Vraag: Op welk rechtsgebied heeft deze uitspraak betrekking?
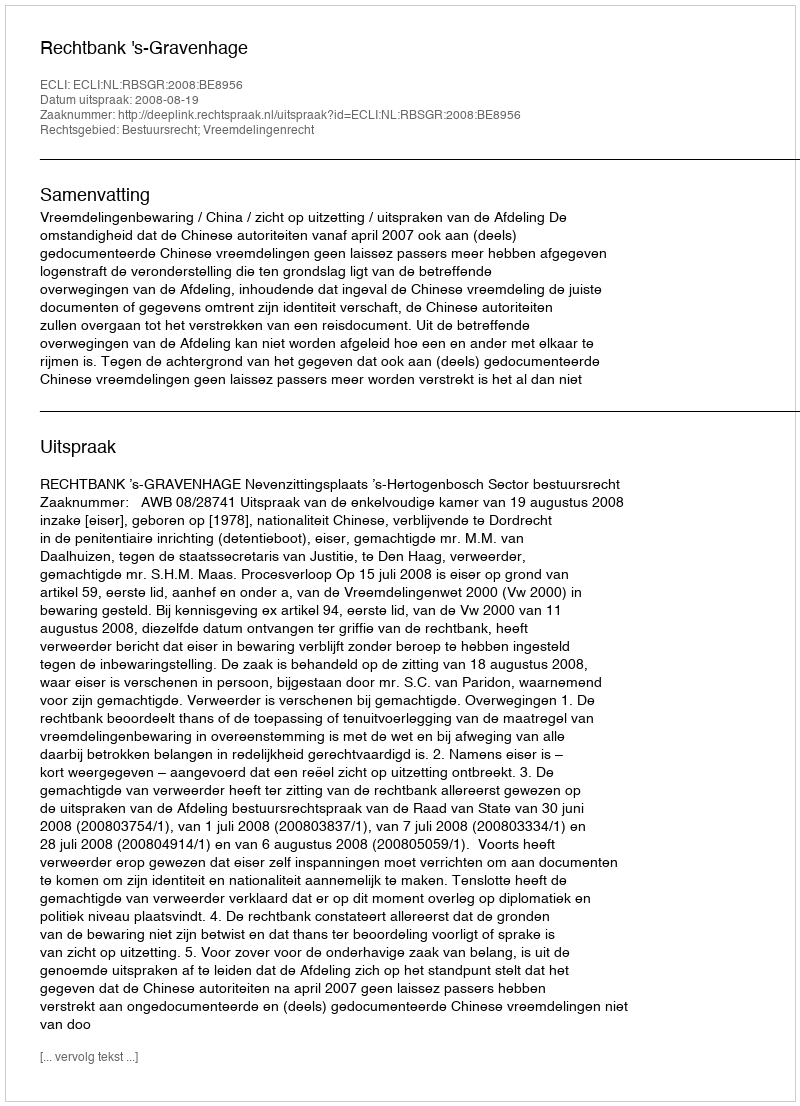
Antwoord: Bestuursrecht; Vreemdelingenrecht